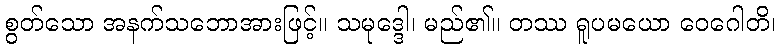
စွတ်သော အနက်သဘောအားဖြင့်။ သမုဒ္ဒေါ၊ မည်၏။ တဿ ရူပမယော ဝေဂေါတိ၊